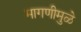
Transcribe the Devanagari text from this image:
मागणीमुळे